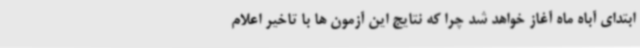
ابتدای آباه ماه آغاز خواهد شد چرا که نتایج این آزمون ها با تاخیر اعلام